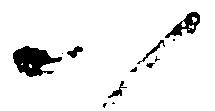
以